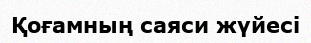
Қоғамның саяси жүйесі